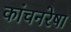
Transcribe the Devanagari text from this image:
कांचनरेषा